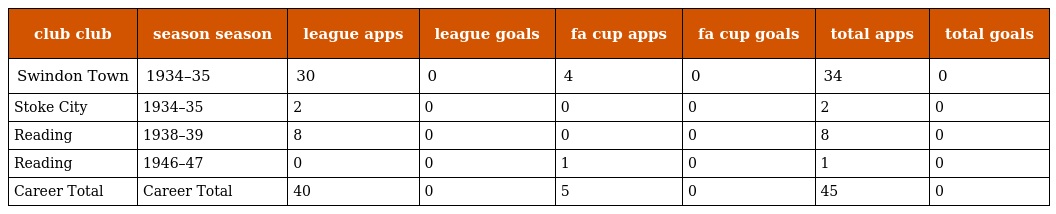
| club club | season season | league apps | league goals | fa cup apps | fa cup goals | total apps | total goals |
 | --- | --- | --- | --- | --- | --- | --- | --- |
 | Swindon Town | 1934–35 | 30 | 0 | 4 | 0 | 34 | 0 |
 | Stoke City | 1934–35 | 2 | 0 | 0 | 0 | 2 | 0 |
 | Reading | 1938–39 | 8 | 0 | 0 | 0 | 8 | 0 |
 | Reading | 1946–47 | 0 | 0 | 1 | 0 | 1 | 0 |
 | Career Total | Career Total | 40 | 0 | 5 | 0 | 45 | 0 |